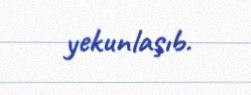
yekunlaşıb.